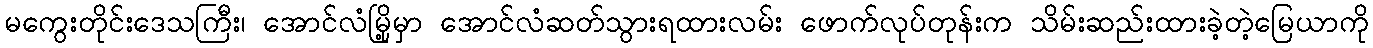
မကွေးတိုင်းဒေသကြီး၊ အောင်လံမြို့မှာ အောင်လံဆတ်သွားရထားလမ်း ဖောက်လုပ်တုန်းက သိမ်းဆည်းထားခဲ့တဲ့မြေယာကို